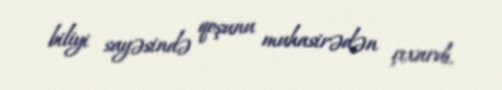
biliyi sayəsində qoşunu muhasirədən çıxardı.